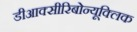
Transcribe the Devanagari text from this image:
डीआक्सीरिबोन्यूक्लिक